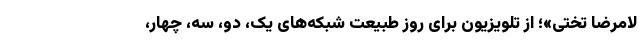
لامرضا تختی»؛ از تلویزیون برای روز طبیعت شبکه‌های یک، دو، سه، چهار،